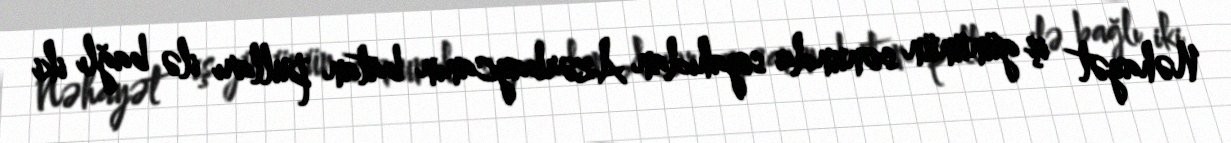
Nəhayət iş gününün sonunda siyahıdan Azərbaycanın batan pulları ilə bağlı iki